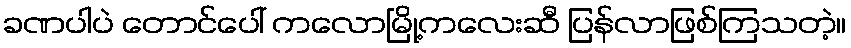
ခဏပါပဲ တောင်ပေါ် ကလောမြို့ကလေးဆီ ပြန်လာဖြစ်ကြသတဲ့။